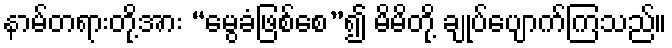
နာမ်တရားတို့အား “မွေခံဖြစ်စေ”၍ မိမိတို့ ချုပ်ပျောက်ကြသည်။